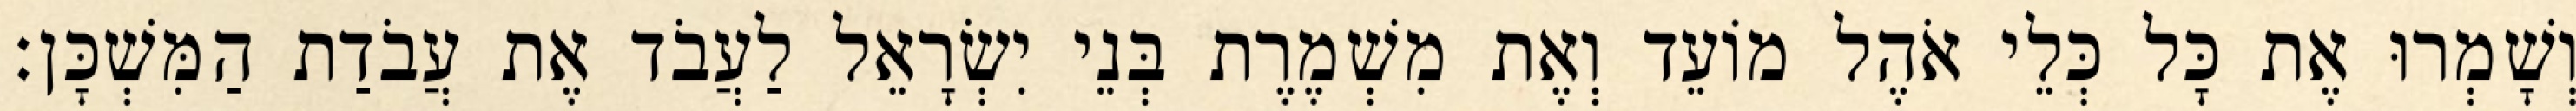
וְשָׁמְרוּ אֶת כָּל כְּלֵי אֹהֶל מוֹעֵד וְאֶת מִשְׁמֶרֶת בְּנֵי יִשְׂרָאֵל לַעֲבֹד אֶת עֲבֹדַת הַמִּשְׁכָּן׃